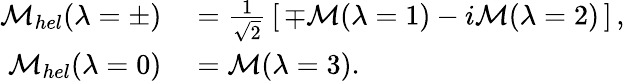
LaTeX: \begin{array}{rl}{{{\cal M}_{hel}(\lambda=\pm)}}&{{}{{}=\frac{1}{\sqrt{2}}\, \left[\, \mp{\cal M}(\lambda=1)-i{\cal M}(\lambda=2)\, \right]\, ,}}\\ {{{\cal M}_{hel}(\lambda=0)}}&{{}{{}={\cal M}(\lambda=3).}}\end{array}